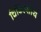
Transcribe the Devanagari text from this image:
चिकित्‍सीय